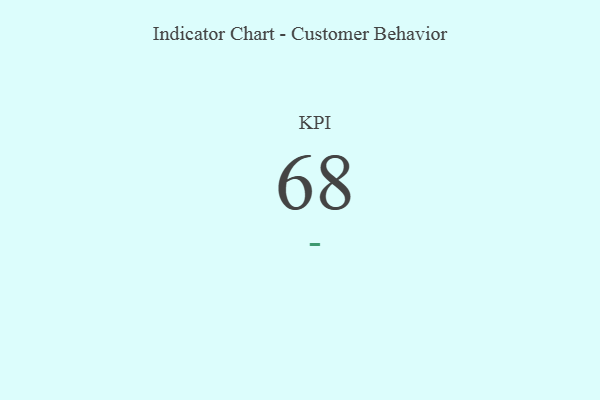
{"axis": {"x": "KPI", "y": "Value"}, "legend": [""], "data": [{"x": "KPI", "y": 68, "type": ""}]}